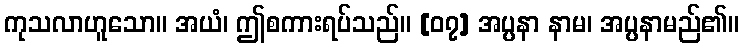
ကုသလာဟူသော။ အယံ၊ ဤစကားရပ်သည်။ [၀၇] အပ္ပနာ နာမ၊ အပ္ပနာမည်၏။